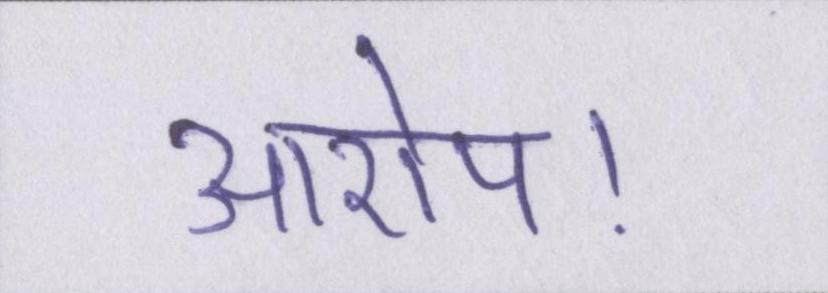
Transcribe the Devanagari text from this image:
आरोप।